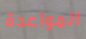
المواعدة